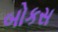
બોકસ